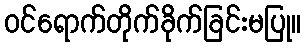
ဝင်ရောက်တိုက်ခိုက်ခြင်းမပြု။